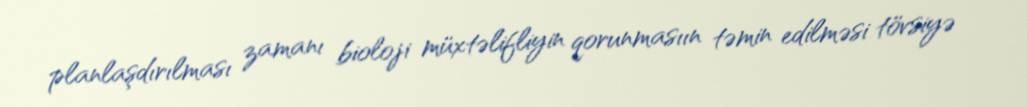
planlaşdırılması zamanı bioloji müxtəlifliyin qorunmasıın təmin edilməsi tövsiyə